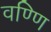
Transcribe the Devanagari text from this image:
वण्णि